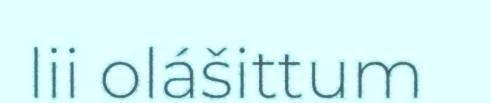
lii olášittum